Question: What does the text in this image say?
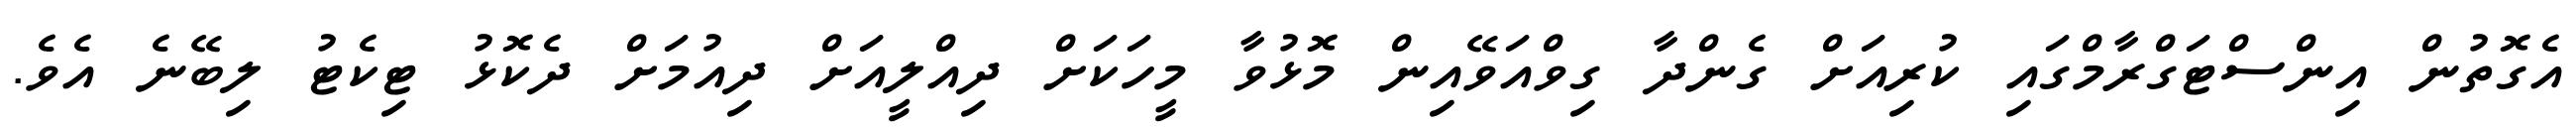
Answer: އެގޮތުން އިންސްޓަގްރާމްގައި ކުރިއަށް ގެންދާ ގިވްއަވޭއިން މޮޅުވާ މީހަކަށް ދިއްލީއަށް ދިއުމަށް ދެކޮޅު ޓިކެޓު ލިބޭނެ އެވެ.